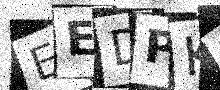
Text: EEDPKD